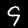
Digit: 9